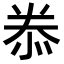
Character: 𭜮